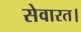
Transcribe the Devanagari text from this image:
सेवारत।